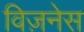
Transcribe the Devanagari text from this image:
विज़नेस